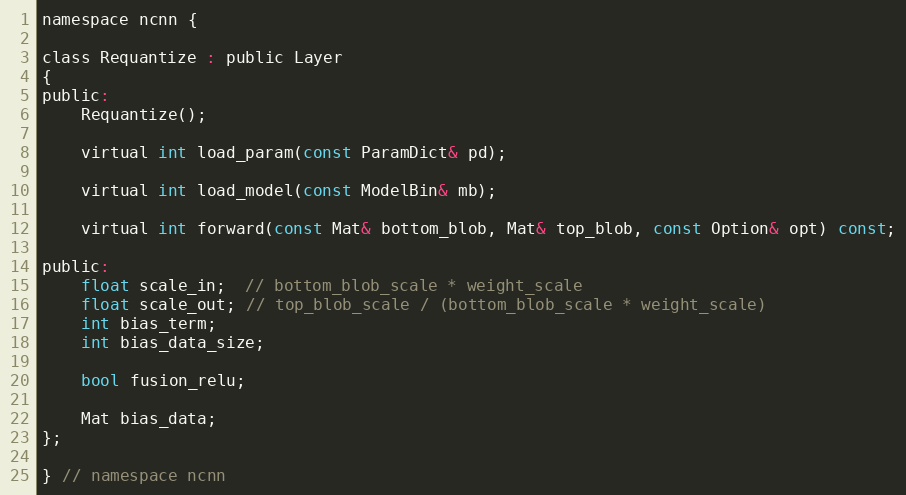
Language: C
namespace ncnn {

class Requantize : public Layer
{
public:
    Requantize();

    virtual int load_param(const ParamDict& pd);

    virtual int load_model(const ModelBin& mb);

    virtual int forward(const Mat& bottom_blob, Mat& top_blob, const Option& opt) const;

public:
    float scale_in;  // bottom_blob_scale * weight_scale
    float scale_out; // top_blob_scale / (bottom_blob_scale * weight_scale)
    int bias_term;
    int bias_data_size;

    bool fusion_relu;

    Mat bias_data;
};

} // namespace ncnn